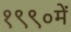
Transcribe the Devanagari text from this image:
१९९०में